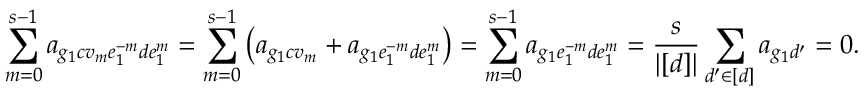
\sum _ { m = 0 } ^ { s - 1 } a _ { g _ { 1 } c v _ { m } e _ { 1 } ^ { - m } d e _ { 1 } ^ { m } } = \sum _ { m = 0 } ^ { s - 1 } \left( a _ { g _ { 1 } c v _ { m } } + a _ { g _ { 1 } e _ { 1 } ^ { - m } d e _ { 1 } ^ { m } } \right) = \sum _ { m = 0 } ^ { s - 1 } a _ { g _ { 1 } e _ { 1 } ^ { - m } d e _ { 1 } ^ { m } } = \frac { s } { | [ d ] | } \sum _ { d ^ { \prime } \in [ d ] } a _ { g _ { 1 } d ^ { \prime } } = 0 .